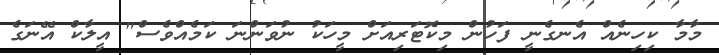
މާމާ ކިހިނެއް އެނގެނީ ފަހުން މިކޮޓަރިއަށް މީހަކު ނުވަންނަ ކަމެއްވެސް" އީލާކް އޭނަގެ